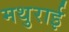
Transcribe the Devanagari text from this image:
मथुराई